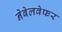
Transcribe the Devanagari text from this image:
नेबेलवेफर